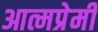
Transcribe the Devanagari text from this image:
आत्मप्रेमी